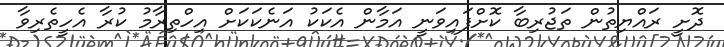
ދޮށީ ރައްޔިތުން ތަޖުރިބާ ކޮށްފައިވަނީ އަމާން އެކަކު އަނެކަކަށް އިހްތިރާމު ކުރާ އެހީތެރިވާ